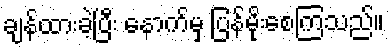
ချန်ထားခဲ့ပြီး နောက်မှ ပြန်မိုးစေကြသည်။